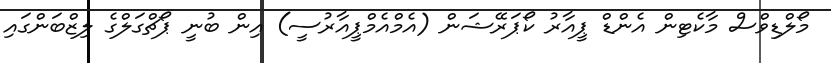
މޯލްޑިވްސް މާކެޓިން އެންޑް ޕީއާރު ކޯޕަރޭޝަން (އެމްއެމްޕީއާރުސީ) އިން ބުނީ ޕޯޗްގަލްގެ ލިޒްބަންގައި